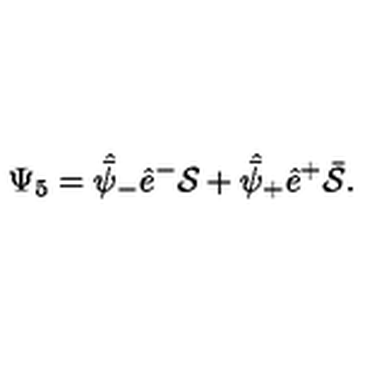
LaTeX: \Psi _ { 5 } = \skew 5 \hat { \bar { \psi } } _ { - } \hat { e } ^ { - } { \cal S } + \skew 5 \hat { \bar { \psi } } _ { + } \hat { e } ^ { + } \bar { \cal S } .